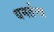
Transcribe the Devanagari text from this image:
धमर्तन्त्र